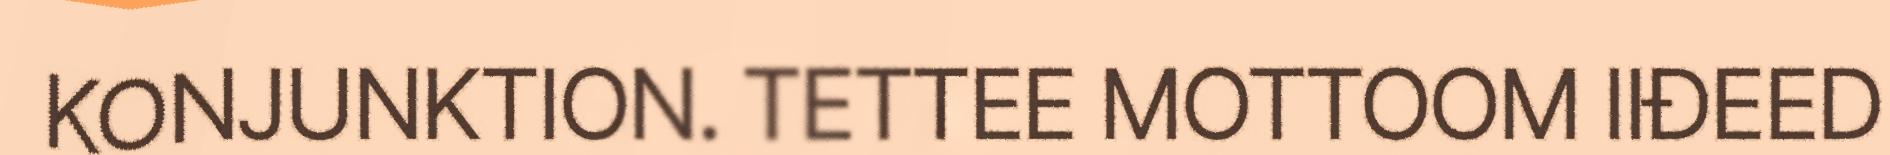
KONJUNKTION. TETTEE MOTTOOM IIĐEED